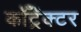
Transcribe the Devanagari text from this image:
कॉँट्रॅक्टर